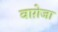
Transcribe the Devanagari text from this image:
वाग़ेजा